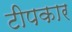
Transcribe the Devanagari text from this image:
टीपकार